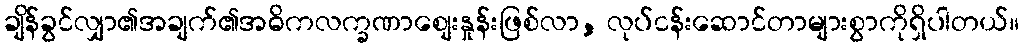
ချိန်ခွင်လျှာ၏အချက်၏အဓိကလက္ခဏာစျေးနှုန်းဖြစ်လာ, လုပ်ငန်းဆောင်တာများစွာကိုရှိပါတယ်။